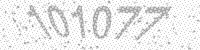
Solution: 101077